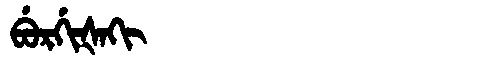
Manchu: ᠪᡠᡵᡤᡳᡧᠠᡴᡳ
Romanization: BURGIŠAKI